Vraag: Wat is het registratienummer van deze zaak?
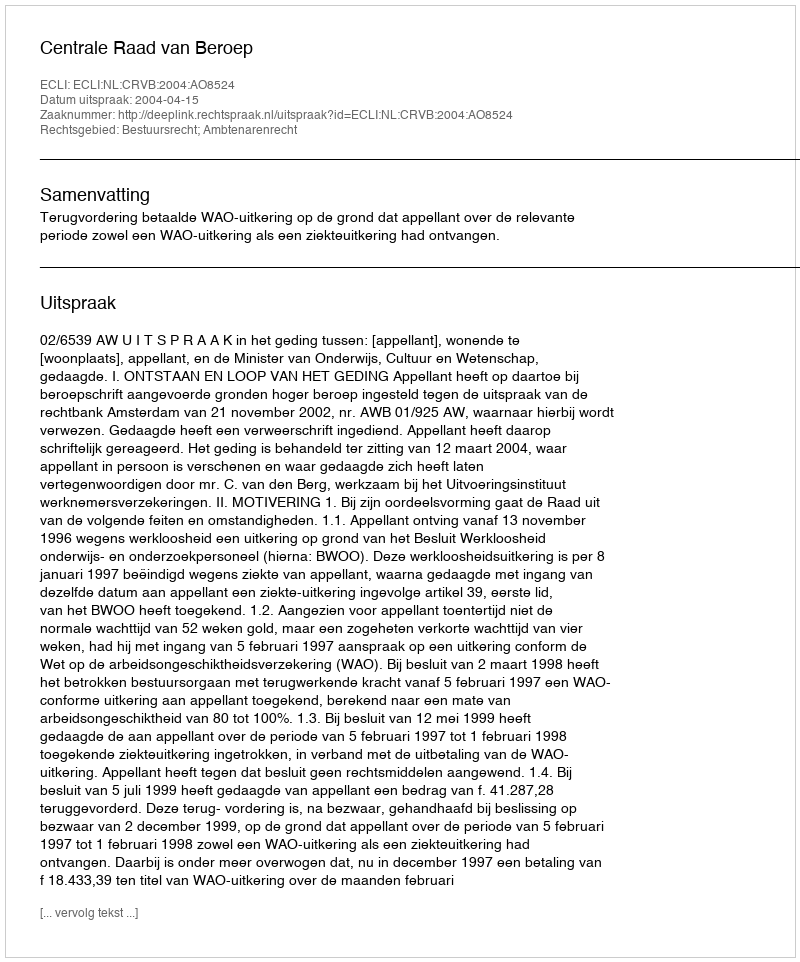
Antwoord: http://deeplink.rechtspraak.nl/uitspraak?id=ECLI:NL:CRVB:2004:AO8524